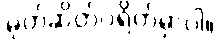
မုတ်ဆိတ်ပဲရိတ်မှာပါ။